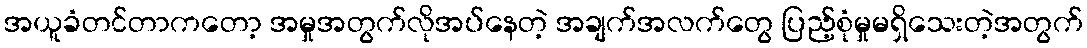
အယူခံတင်တာကတော့ အမှုအတွက်လိုအပ်နေတဲ့ အချက်အလက်တွေ ပြည့်စုံမှုမရှိသေးတဲ့အတွက်